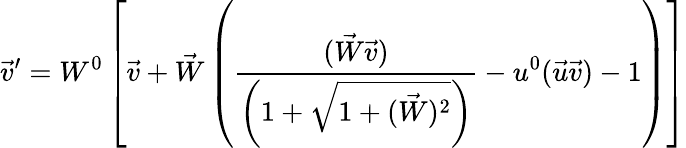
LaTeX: \vec{v}^{\prime}=W^{0}\left[\vec{v}+\vec{W}\left(\frac{(\vec{W}\vec{v})}{\left(1+\sqrt{1+(\vec{W})^{2}}\right)}-u^{0}(\vec{u}\vec{v})-1\right)\right]